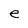
Character: e